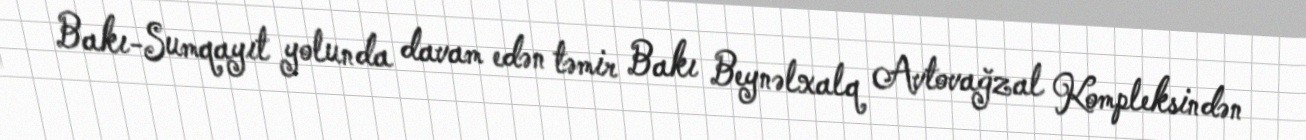
Bakı-Sumqayıt yolunda davam edən təmir Bakı Beynəlxalq Avtovağzal Kompleksindən